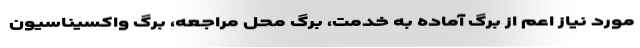
مورد نیاز اعم از برگ آماده به خدمت، برگ محل مراجعه، برگ واکسیناسیون